Inquiry into the circumstances attending an outbreak of cholera in H. M.'s 18th Hussars at Secunderabad in the month of May
Year: 1871
Disease focus: Cholera
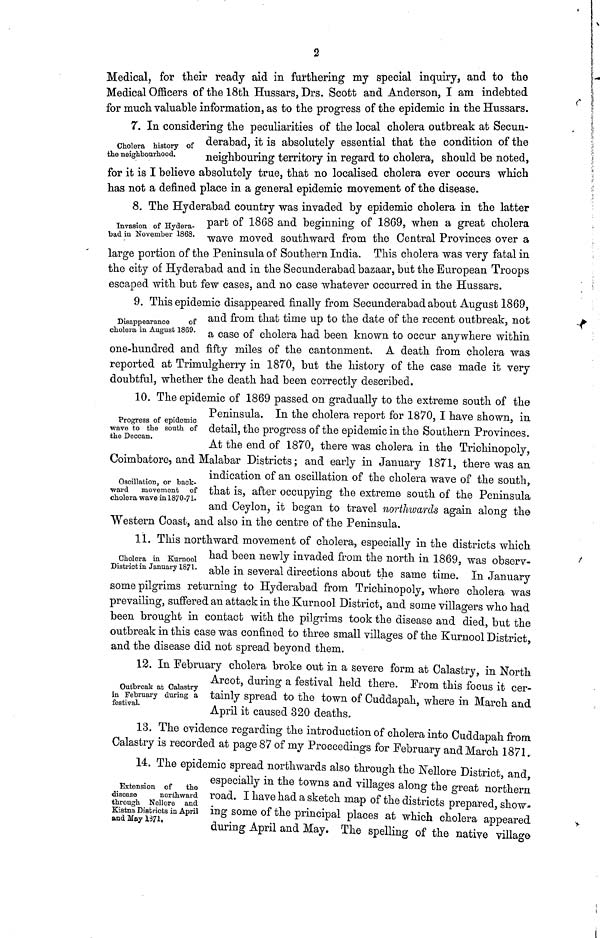
2
Medical, for their ready aid in furthering my special inquiry, and to the
Medical Officers of the 18th Hussars, Drs. Scott and Anderson, I am indebted
for much valuable information, as to the progress of the epidemic in the Hussars.
Cholera history of
the neighbourhood.
7. In considering the peculiarities of the local cholera outbreak at Secun-
derabad, it is absolutely essential that the condition of the
neighbouring territory in regard to cholera, should be noted,
for it is I believe absolutely true, that no localised cholera ever occurs which
has not a defined place in a general epidemic movement of the disease.
8. The Hyderabad country was invaded by epidemic cholera in the latter
Invasion of Hydera-
bad in November 1868.
part of 1868 and beginning of 1869, when a great cholera
wave moved southward from the Central Provinces over a
large portion of the Peninsula of Southern India. This cholera was very fatal in
the city of Hyderabad and in the Secunderabad bazaar, but the European Troops
escaped with but few cases, and 110 case whatever occurred in the Hussars.
9. This epidemic disappeared finally from Secunderabad about August 1869,
Disappearance
of
cholera in August 1869.
and from that time up to the date of the recent outbreak, not
a case of cholera had been known to occur anywhere within
one-hundred and fifty miles of the cantonment. A death from cholera was
reported at Trimulgherry in 18TO, but the history of the case made it very
doubtful, whether the death had been correctly described.
Progress of epidemic
wave to the south of
the Deccan.
Oscillation, or back-
ward
movement of
cholera wave inl870-71
10. The epidemic of 1869 passed on gradually to the extreme south of the
Peninsula. In the cholera report for 1870, I have shown, in
detail, the progress of the epidemic in the Southern Provinces.
At the end of 1870, there was cholera in the Trichinopoly,
Coimbatore, and Malabar Districts ; and early in January 1871, there was an
indication of an oscillation of the cholera wave of the south,
that is, after occupying the extreme south of the Peninsula
and Ceylon, it began to travel northwoards again along the
Western Coast, and also in the centre of the Peninsula.
Cholera in Kurnool
District in January 1871.
11. This northward movement of cholera, especially in the districts which
had been newly invaded from the north in 1869, was observ-
able in several directions about the same time. In January
some pilgrims returning to Hyderabad from Trichinopoly, where cholera was
prevailing, suffered an attack in the Kurnool District, and some villagers who had
been brought in contact with the pilgrims took the disease and died, but the
outbreak in this case was confined to three small villages of the Kurnool District,,
and the disease did not spread beyond them.
Outbreak at Calastry
in February during a
festival.
12. In February cholera broke out in a severe form at Calastry, in North
Arcot, during a festival held there. From this focus it cer-
tainly spread to the town of Cuddapah, where in March and
April it caused 320 deaths.
13. The evidence regarding the introduction of cholera into Cuddapah from
Calastry is recorded at page 87 of my Proceedings for February and March 1871.
Extension of
the
disease
northward
through Nellore and
Kistna Districts in April
and May 1371,
14. The epidemic spread northwards also through the Nellore District and
especially in the towns and villages along the great northern
road. I have had a sketch map of the districts prepared, show-
ing some of the principal places at which cholera appeared
during April and May. The spelling of the native village